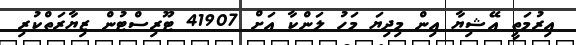
އިރުމަތީ އޭޝިޔާ އިން މިދިޔަ މަހު ލަންކާ އަށް 41907 ޓޫރިސްޓުން ޒިޔާރަތްކުރި